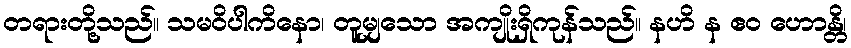
တရားတို့သည်။ သမဝိပါကိနော၊ တူမျှသော အကျိုးရှိကုန်သည်။ နဟိ န ဧဝ ဟောန္တိ၊